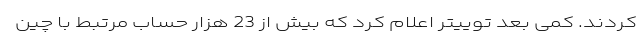
کردند. کمی بعد توییتر اعلام کرد که بیش از 23 هزار حساب مرتبط با چین